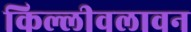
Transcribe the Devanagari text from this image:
किल्लीवलावन